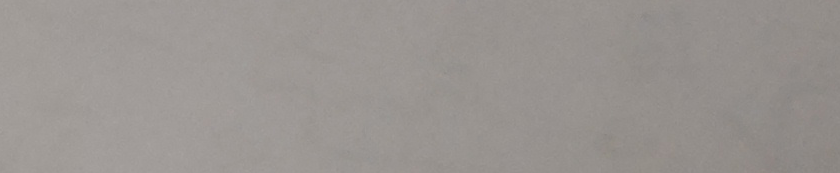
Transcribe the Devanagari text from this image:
मा यो के छे?